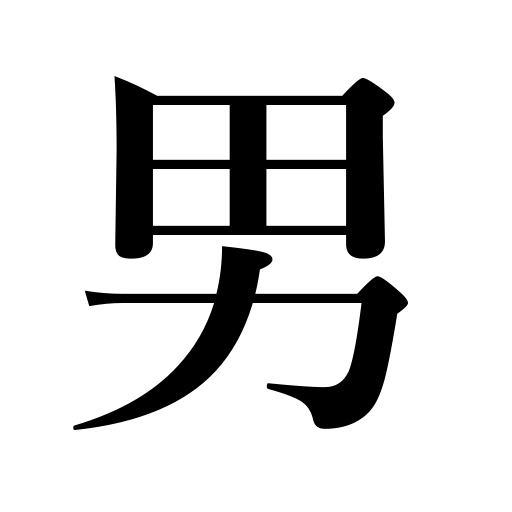
Meanings: man,manhood,adult,baron,counter for sons,male,male servant,fellow,paramour